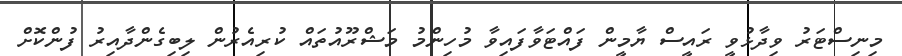
މިނިސްޓަރު ވިދާޅުވީ ރައީސް ޔާމީން ފައްޓަވާފައިވާ މުހިންމު މަޝްރޫއުތައް ކުރިއެރުން ލިބިގެންދާއިރު ފުންކޮށް